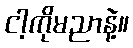
ငါ့ကိုမညာနဲ့။